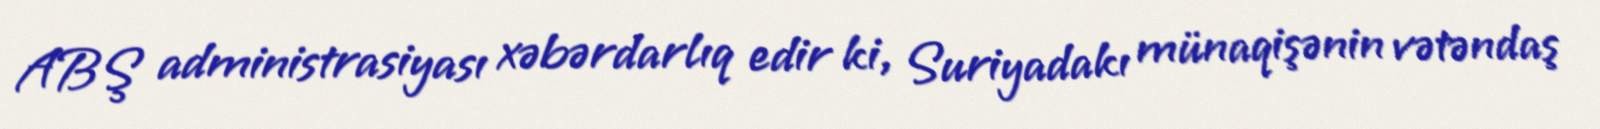
ABŞ administrasiyası xəbərdarlıq edir ki, Suriyadakı münaqişənin vətəndaş